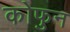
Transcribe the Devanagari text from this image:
कोफुन